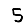
Digit: 5